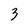
Character: 3